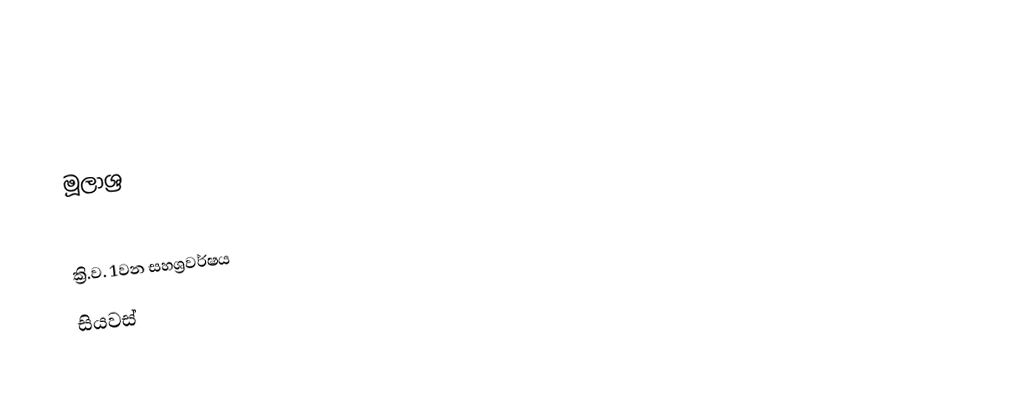

මූලාශ්‍ර

ක්‍රි.ව. 1වන සහශ්‍රවර්ෂය
සියවස්